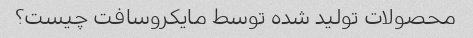
محصولات تولید شده توسط مایکروسافت چیست؟